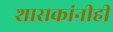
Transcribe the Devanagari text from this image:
शासकांनीही